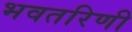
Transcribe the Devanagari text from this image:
भवतरिणी